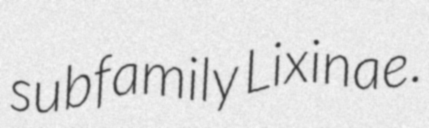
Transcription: subfamily Lixinae.